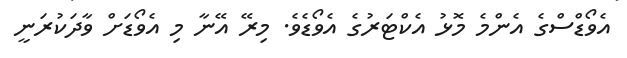
އެވޯޑްސްގެ އެންމެ މޮޅު އެކްޓަރުގެ އެވޯޑެވެ. މިރޭ އޭނާ މި އެވޯޑަށް ވާދަކުރަނީ